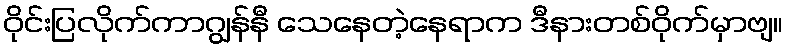
ဝိုင်းပြလိုက်ကာဂျွန်နီ သေနေတဲ့နေရာက ဒီနားတစ်ဝိုက်မှာဗျ။